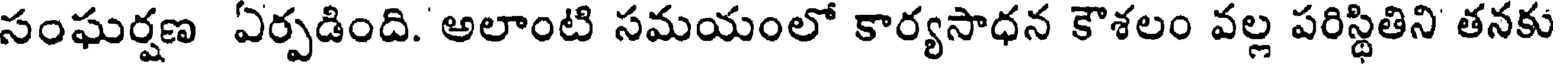
సంఘర్షణ ఏర్పడింది. అలాంటి సమయంలో కార్యసాధన కౌశలం వల్ల పరిస్థితిని తనకు